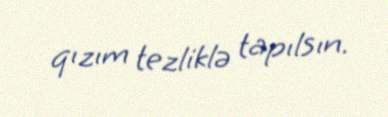
qızım tezliklə tapılsın.